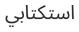
استكتابي